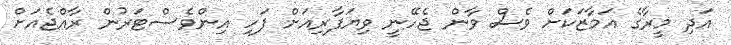
އަދި މީރާގެ އަމާޒަކަށް ވެސް ވާން ޖެހޭނީ ވިޔަފާރިއަށް ފަހި އިންވެސްޓަރުން ރާއްޖެއަށް